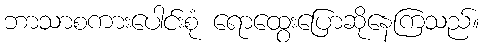
ဘာသာစကားပေါင်းစုံ ရောထွေးပြောဆိုနေကြသည်။